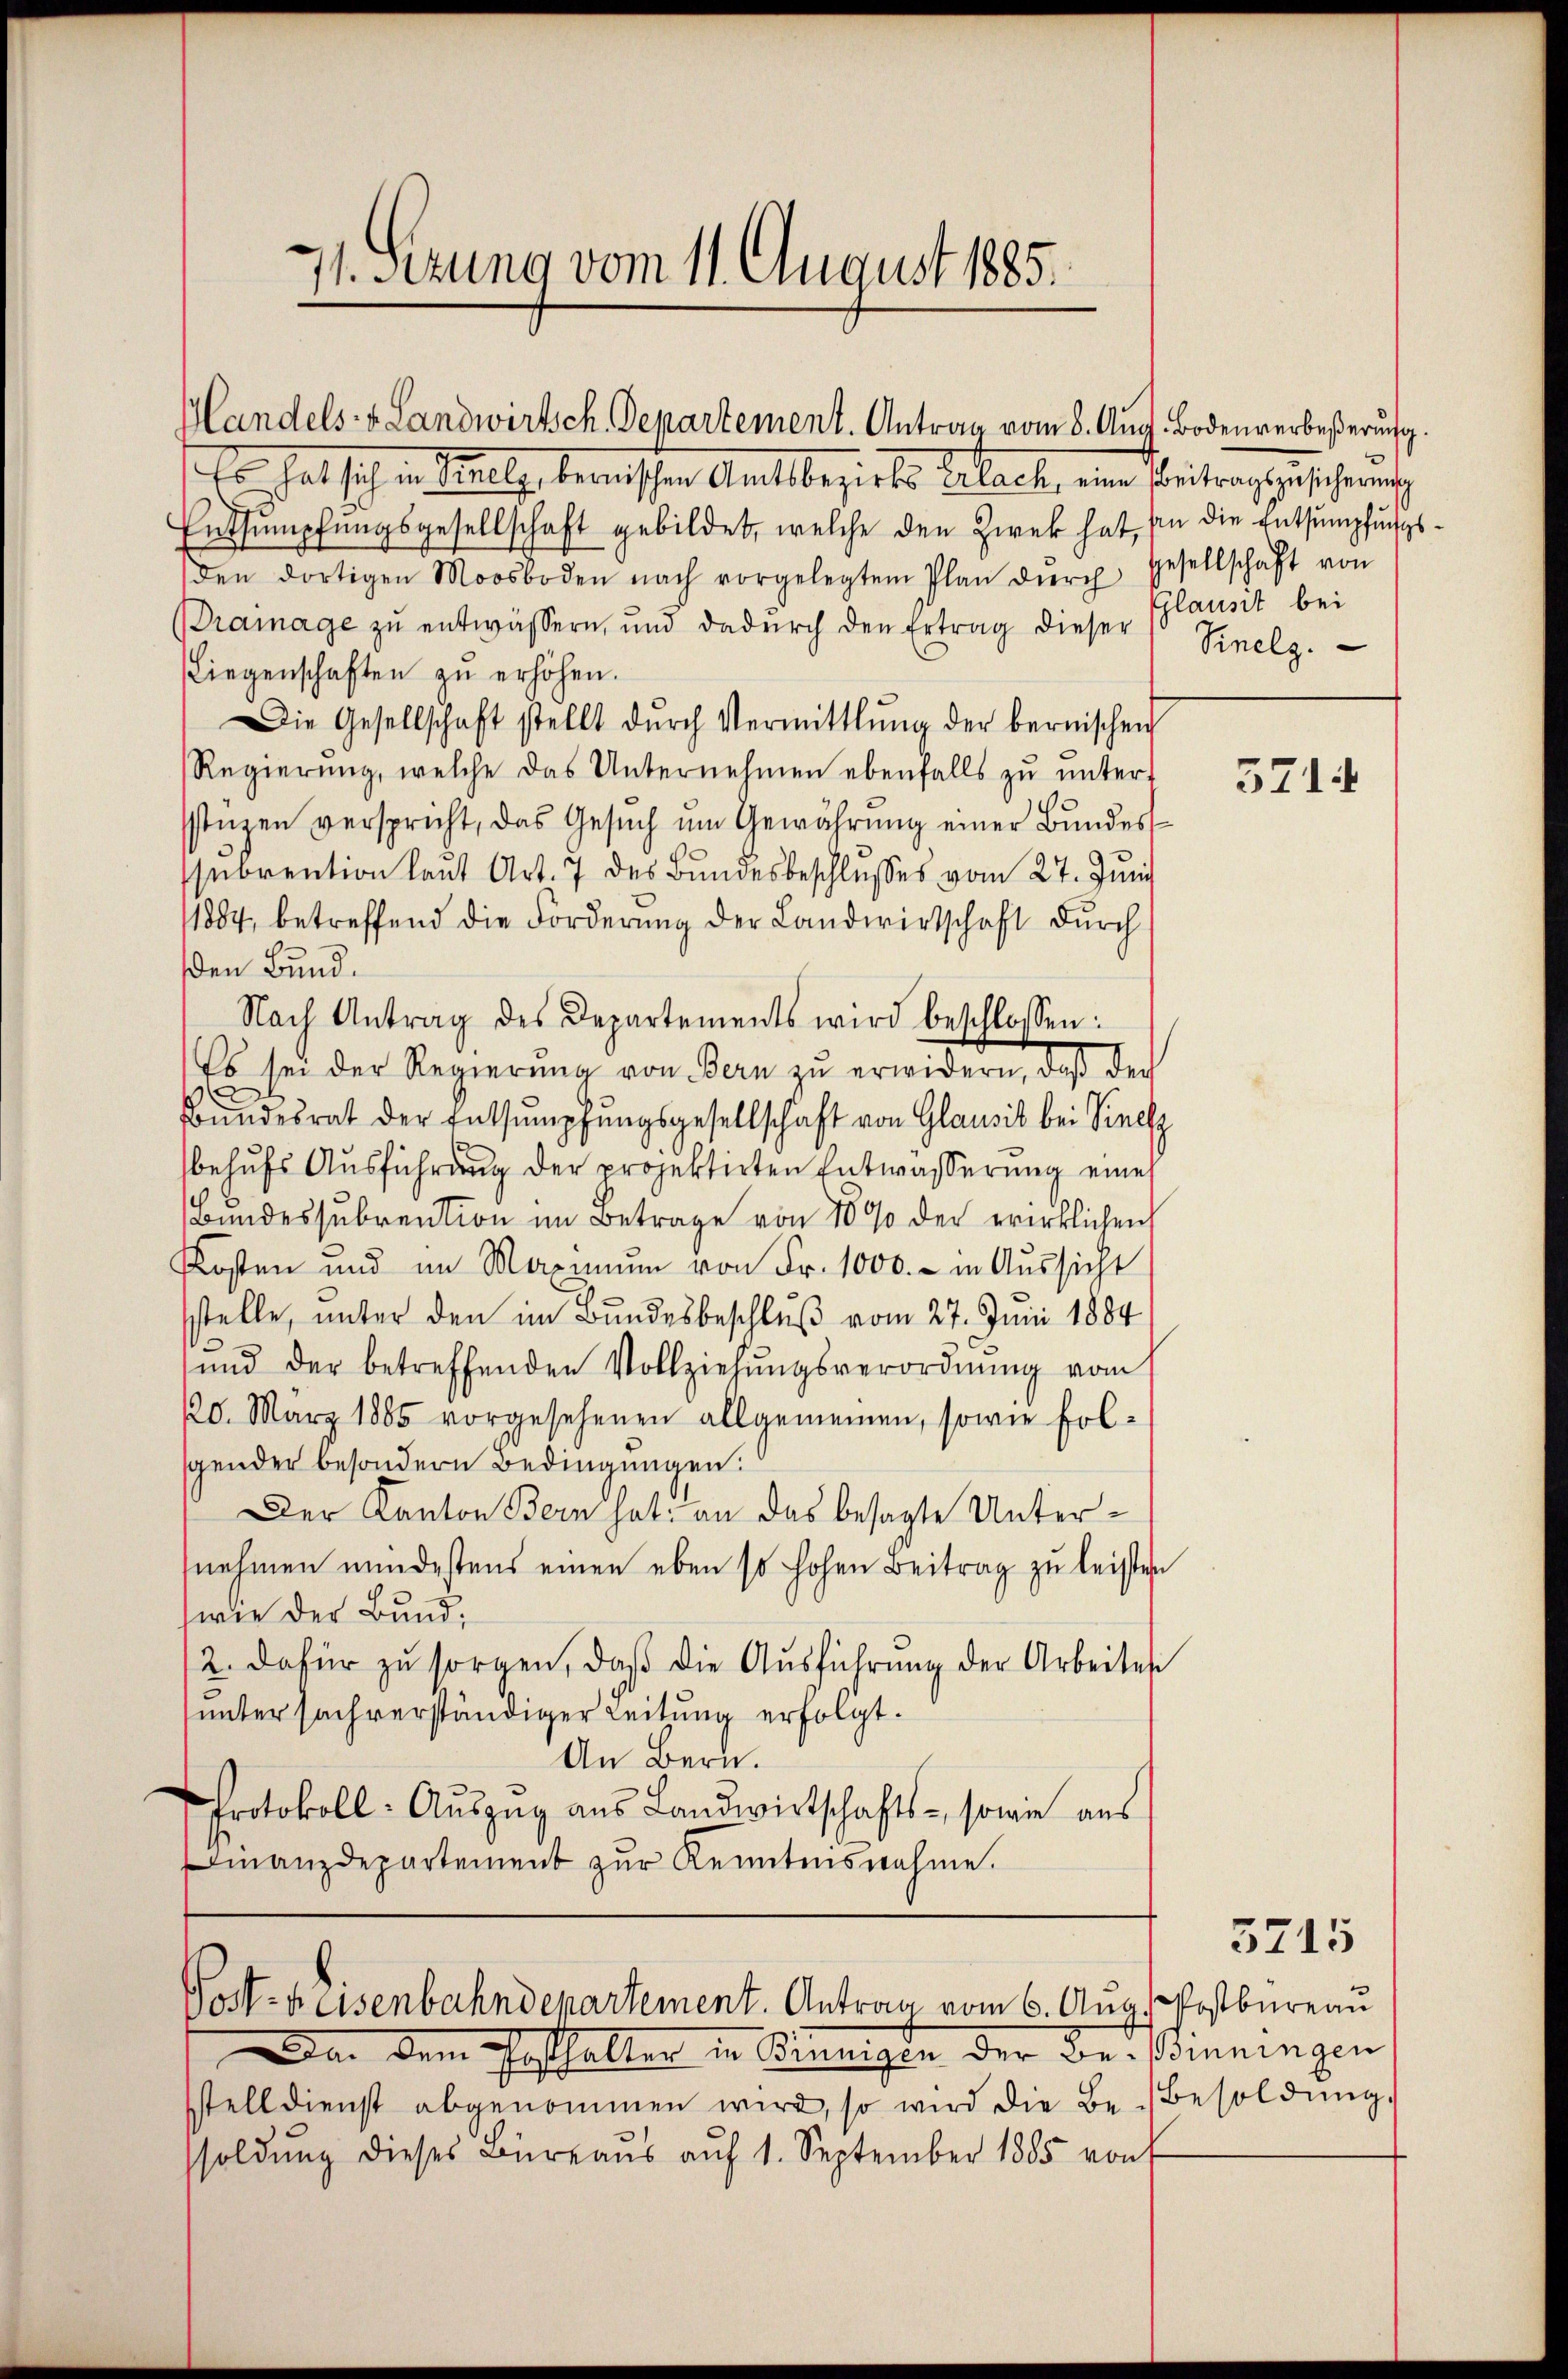
71. Setzung vom 11. August 1885.

Er hat sich in Stelle berischen Amtsbezirks Erlache, eine Beitrag gesicherisch
Entsumpfungsgesellschaft gebildet, welche den Zwek hat, an die Entsumpfungsden dortigen Moosboden nach vorgelegtem Plan dŭrch Gesellschaft von
Bramage zu entwässern, und dadŭrch den Ertrag dieser Sinelz.
(Liegenschaften zŭ erhöhen.
Die Gesellschaft stellt dŭrch Vermittlung der bernischen
Regierŭng, welche das Unternehmen ebenfalls zŭ ŭnters
stüzen verspricht, das Gesuch um Gewährung einer Bundessebrention laut Art. 7 des Bundesbeschlusses vom 27. Juni
1804, betreffend die Forderung der Landwirtschaft durch
den Bund.
Nach Antrag des Departements wird beschlossen:
Es sei der Regierung von Bern zu erwidern, daß der
e
Bŭndesrat der Entsumpfungsgesellschaft von Glausis bei Siell
behufs Ausführung der projektirten Entwässerung eines
Bundessubvention im Betrage von 1000 der wirklichen
Kosten und im Maximŭm von Fr. 1000.- in Aussicht
sstelle, unter den im Bundesbeschluß vom 27. Juni 1884
und der betreffenden Vollziehŭngsverordnŭng vom
120. März 1885 vorgesehenen allgemeinen, sowie folgender besondern Bedingungen:
Der Kanton Bern hat; an das besagte Unternehmen mindestens einen eben so hohen Beitrag zu leisten
wie der Bund,
/2. dafür zŭ sorgen, daβ die Aŭsführung der Arbeiten
unter sachverständiger Leitung erfolgt.
An Bern.
Protokoll- Aŭszŭg ans Landwirtschafts-, sowie aus
Finanzdepartement zur Kenntnisnahme.

Handels- & Landwirtsch. Departement. Antrag vom 8. Aug. Bodenverbeßerung.

Post-Keisenbahndepartement. Antrag vom 6. Aug. Postbureau

Glausit bei

a. dem Posthalter in Brünigin der Be- Benningen
stelldienst abgenommen wird, so wird die Be-Besoldŭng.
soldung dieses Büreaus auf 1. September 1885 von

571

5715